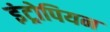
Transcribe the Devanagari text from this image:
इंट्रोपियन